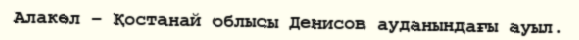
Алакөл – Қостанай облысы Денисов ауданындағы ауыл.